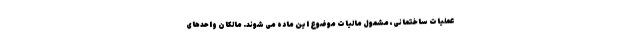
عملیات ساختمانی، مشمول مالیات موضوع این ماده می شوند. مالکان واحدهای